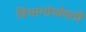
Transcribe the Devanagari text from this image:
विभागांभोवती